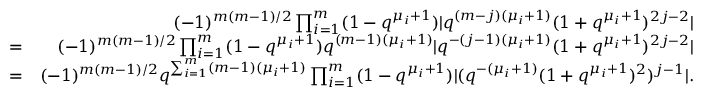
\begin{array} { r l r } & { } & { ( - 1 ) ^ { m ( m - 1 ) / 2 } \prod _ { i = 1 } ^ { m } ( 1 - q ^ { \mu _ { i } + 1 } ) \vert q ^ { ( m - j ) ( \mu _ { i } + 1 ) } ( 1 + q ^ { \mu _ { i } + 1 } ) ^ { 2 j - 2 } \vert } \\ & { = } & { ( - 1 ) ^ { m ( m - 1 ) / 2 } \prod _ { i = 1 } ^ { m } ( 1 - q ^ { \mu _ { i } + 1 } ) q ^ { ( m - 1 ) ( \mu _ { i } + 1 ) } \vert q ^ { - ( j - 1 ) ( \mu _ { i } + 1 ) } ( 1 + q ^ { \mu _ { i } + 1 } ) ^ { 2 j - 2 } \vert } \\ & { = } & { ( - 1 ) ^ { m ( m - 1 ) / 2 } q ^ { \sum _ { i = 1 } ^ { m } ( m - 1 ) ( \mu _ { i } + 1 ) } \prod _ { i = 1 } ^ { m } ( 1 - q ^ { \mu _ { i } + 1 } ) \vert ( q ^ { - ( \mu _ { i } + 1 ) } ( 1 + q ^ { \mu _ { i } + 1 } ) ^ { 2 } ) ^ { j - 1 } \vert . } \end{array}